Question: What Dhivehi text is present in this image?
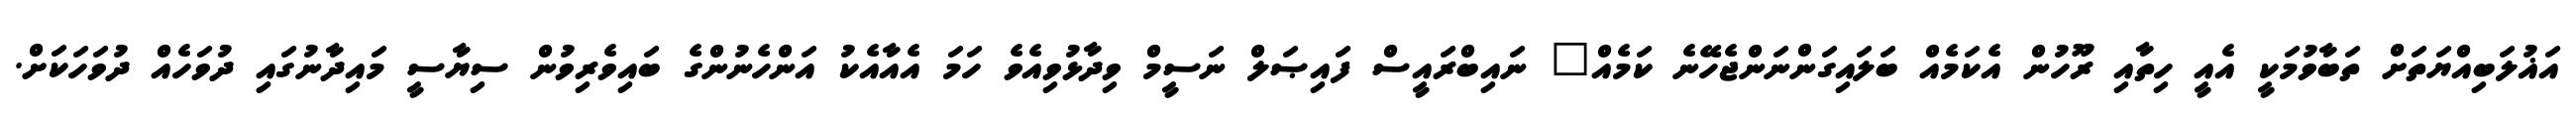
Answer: އަޣުލަބިއްޔަތަށް ތަބާވުމަކީ އެއީ ހިތާއި ރޫހުން އެކަމެއް ބަލައިގަންނަންޖެހޭނެ ކަމެއް" ނައިބްރައީސް ފައިޞަލް ނަސީމް ވިދާޅުވިއެވެ ހަމަ އެއާއެކު އަންހެނުންގެ ބައިވެރިވުން ސިޔާސީ މައިދާނުގައި ދުވަހެއް ދުވަހަކަށް.